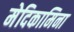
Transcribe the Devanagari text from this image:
मेदिकामिना